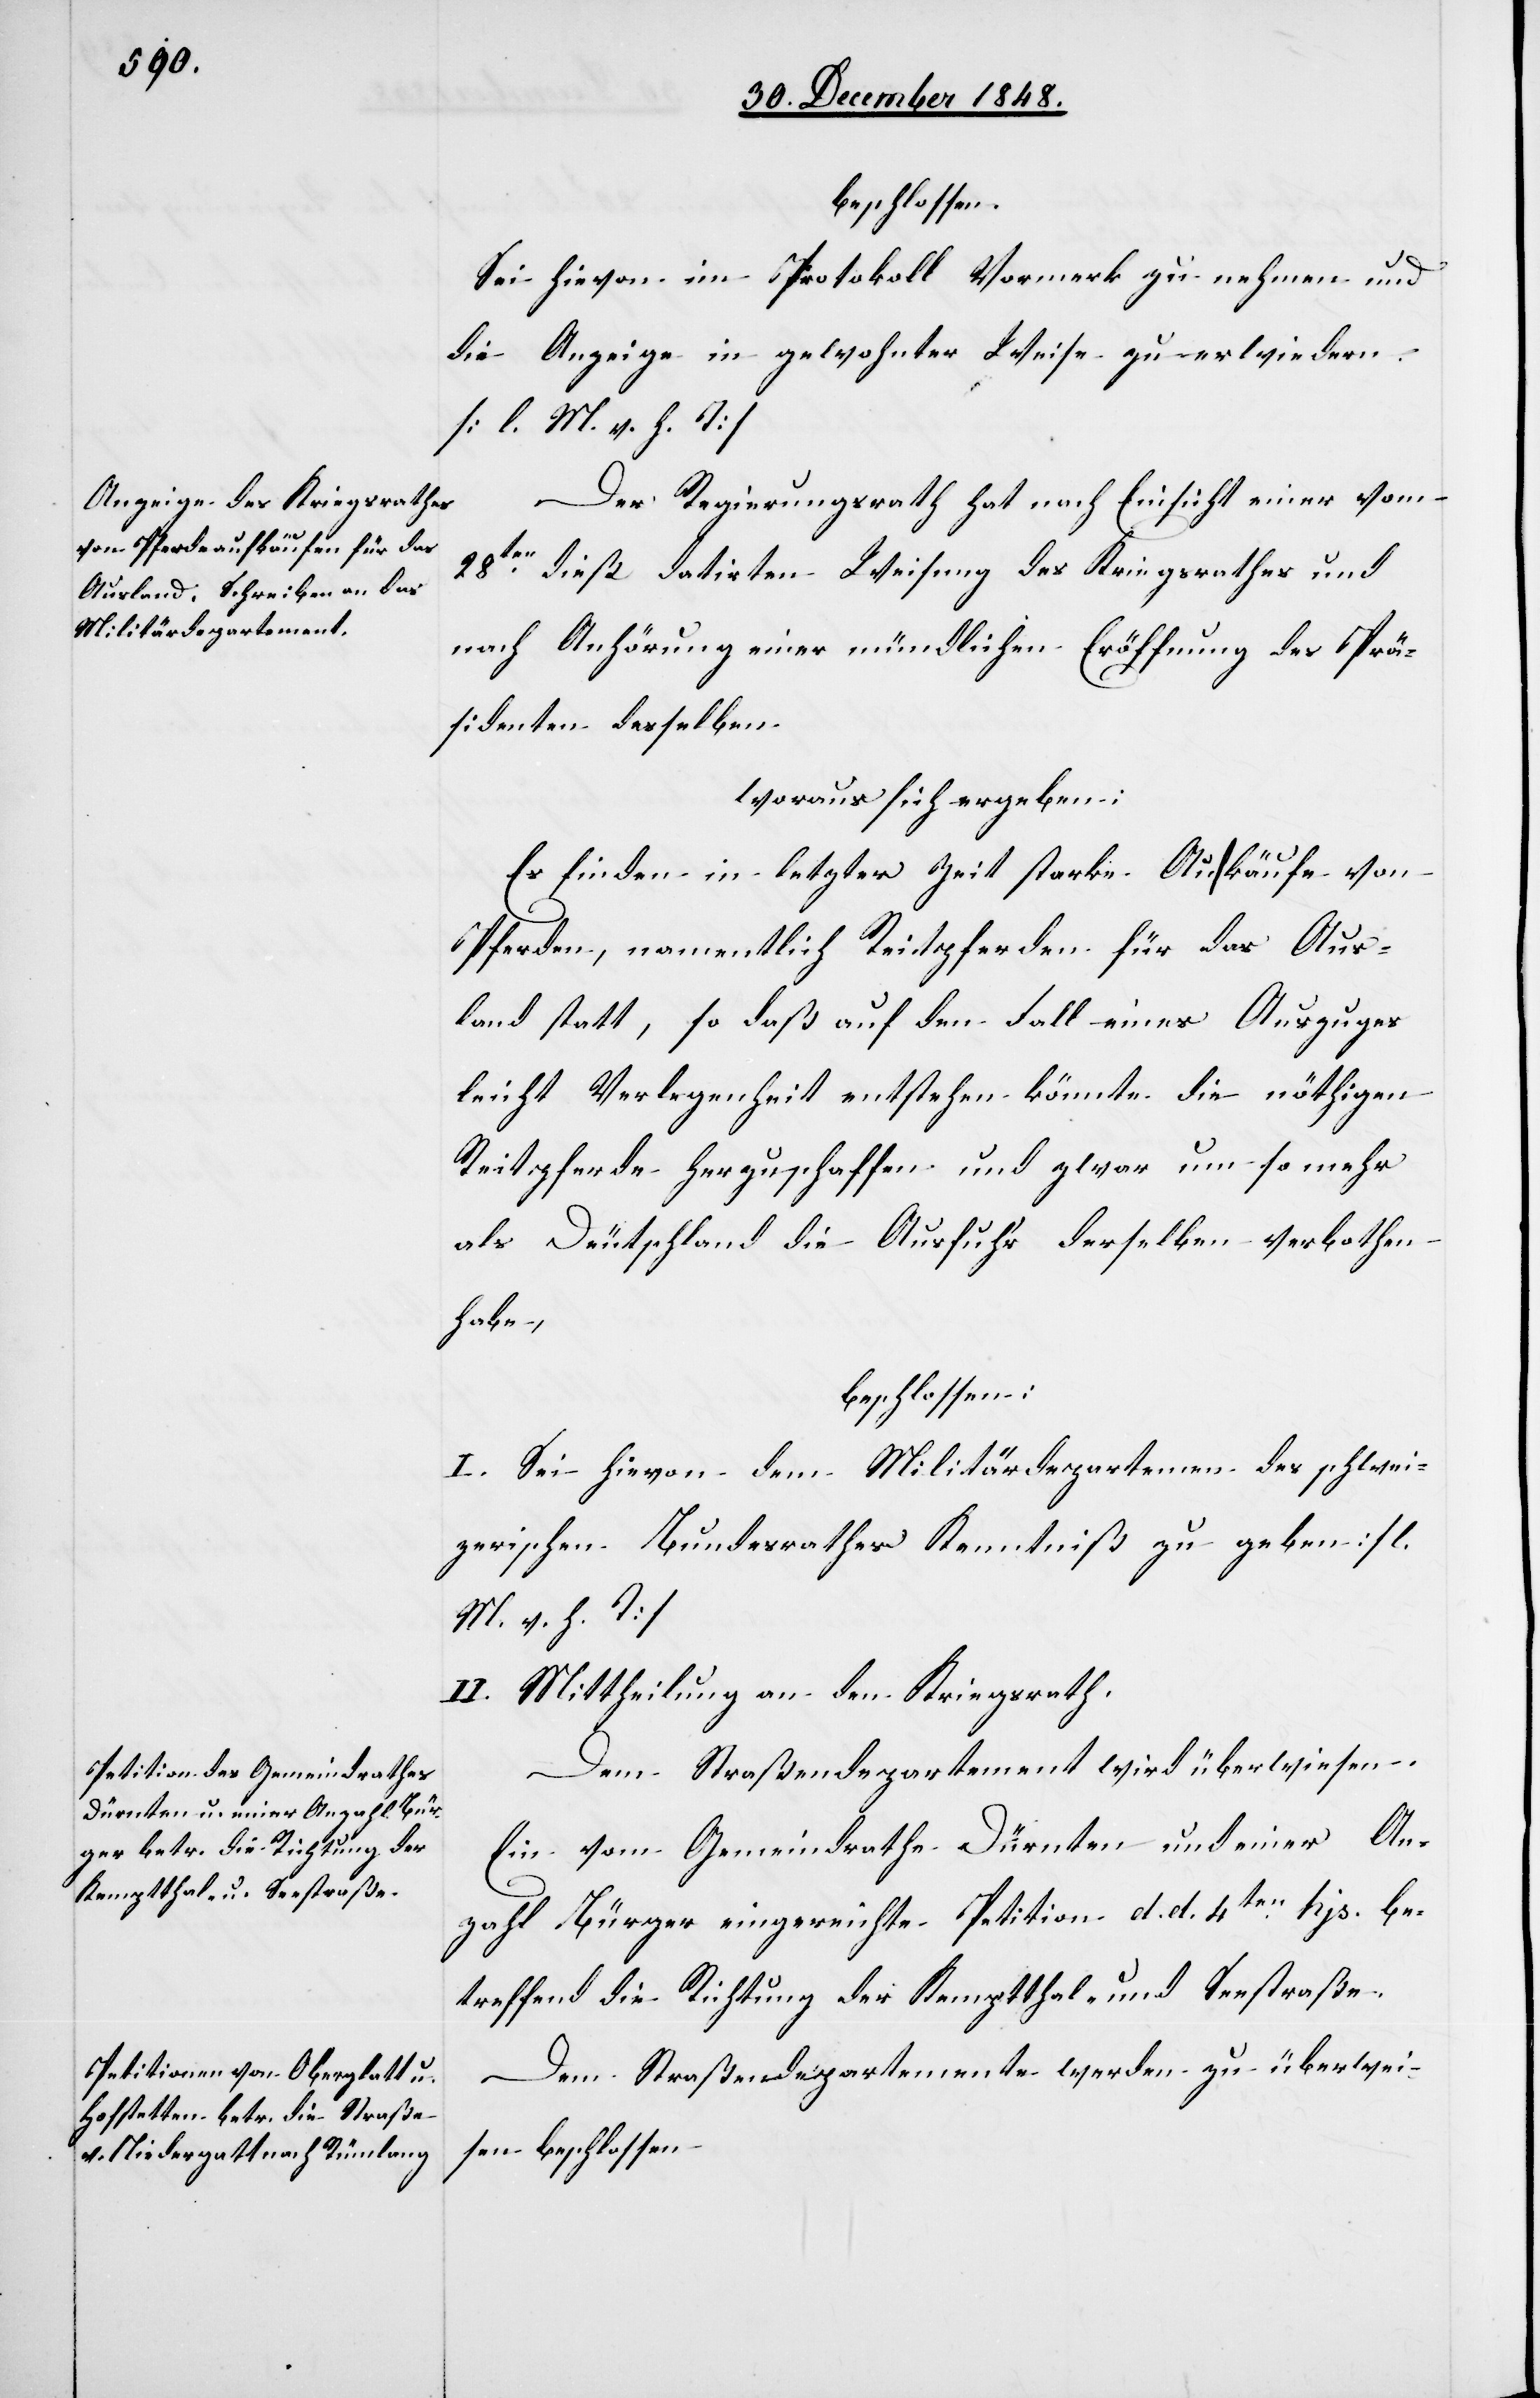
beschlossen:
Sei hievon im Protokoll Vormerk zu nehmen und
die Anzeige in gewohnter Weise zu erwiedern
[l. M. v. h. T]
Der Regierungsrath hat nach Einsicht einer vom
28ten dieß datirten Weisung des Kriegsrathes und
nach Anhörung einer mündlichen Eröffnung des Prä¬
sidenten desselben
woraus sich ergeben:
Es finden in letzter Zeit starke Aufkäufe von
Pferden, namentlich Reitpferden für das Aus¬
land statt, so daß auf den Fall eines Auszuges
leicht Verlegenheit entstehen könnte die nöthigen
Reitpferde herzuschaffen und zwar um so mehr
als Deutschland die Ausfuhr derselben verbothen
habe,
beschlossen:
I. Sei hievon dem Militärdepartemen[t] des schwei¬
zerischen Bundesrathes Kenntniß zu geben [l.
M. v. h. T]
II. Mittheilung an den Kriegsrath.
Dem Straßendepartement wird überwiesen.
Ein[e] vom Gemeindrathe Dürnten und einer An¬
zahl Bürger eingereichte Petition d. d. 4ten hjs. be¬
treffend die Richtung der Kemptthal- und Seestraße.
Dem Straßendepartemente werden zu überwei¬
sen beschlossen